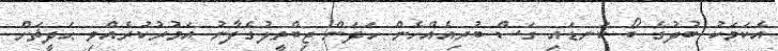
އެކަމަކު ބުދުގެ ބޯ ކަނޑައި ގަސް ބުރިއެއްހެން ހަދަން ޖިބްރީލުގެފާނު އަމުރުކުރެއްވި ޙަދީޘަށް